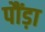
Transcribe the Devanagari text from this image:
पौंड़ा